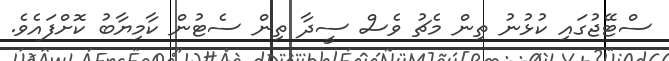
ސްޓޭޖުގައި ކުޅުނު ތިން މެޗު ވެސް ސީދާ ތިން ސެޓުން ކާމިޔާބު ކޮށްފައެވެ.